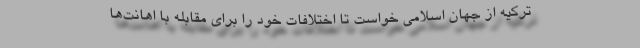
ترکیه از جهان اسلامی خواست تا اختلافات خود را برای مقابله با اهانت‌ها